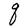
Character: q